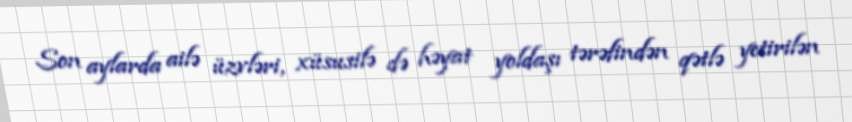
Son aylarda ailə üzvləri, xüsusilə də həyat yoldaşı tərəfindən qətlə yetirilən